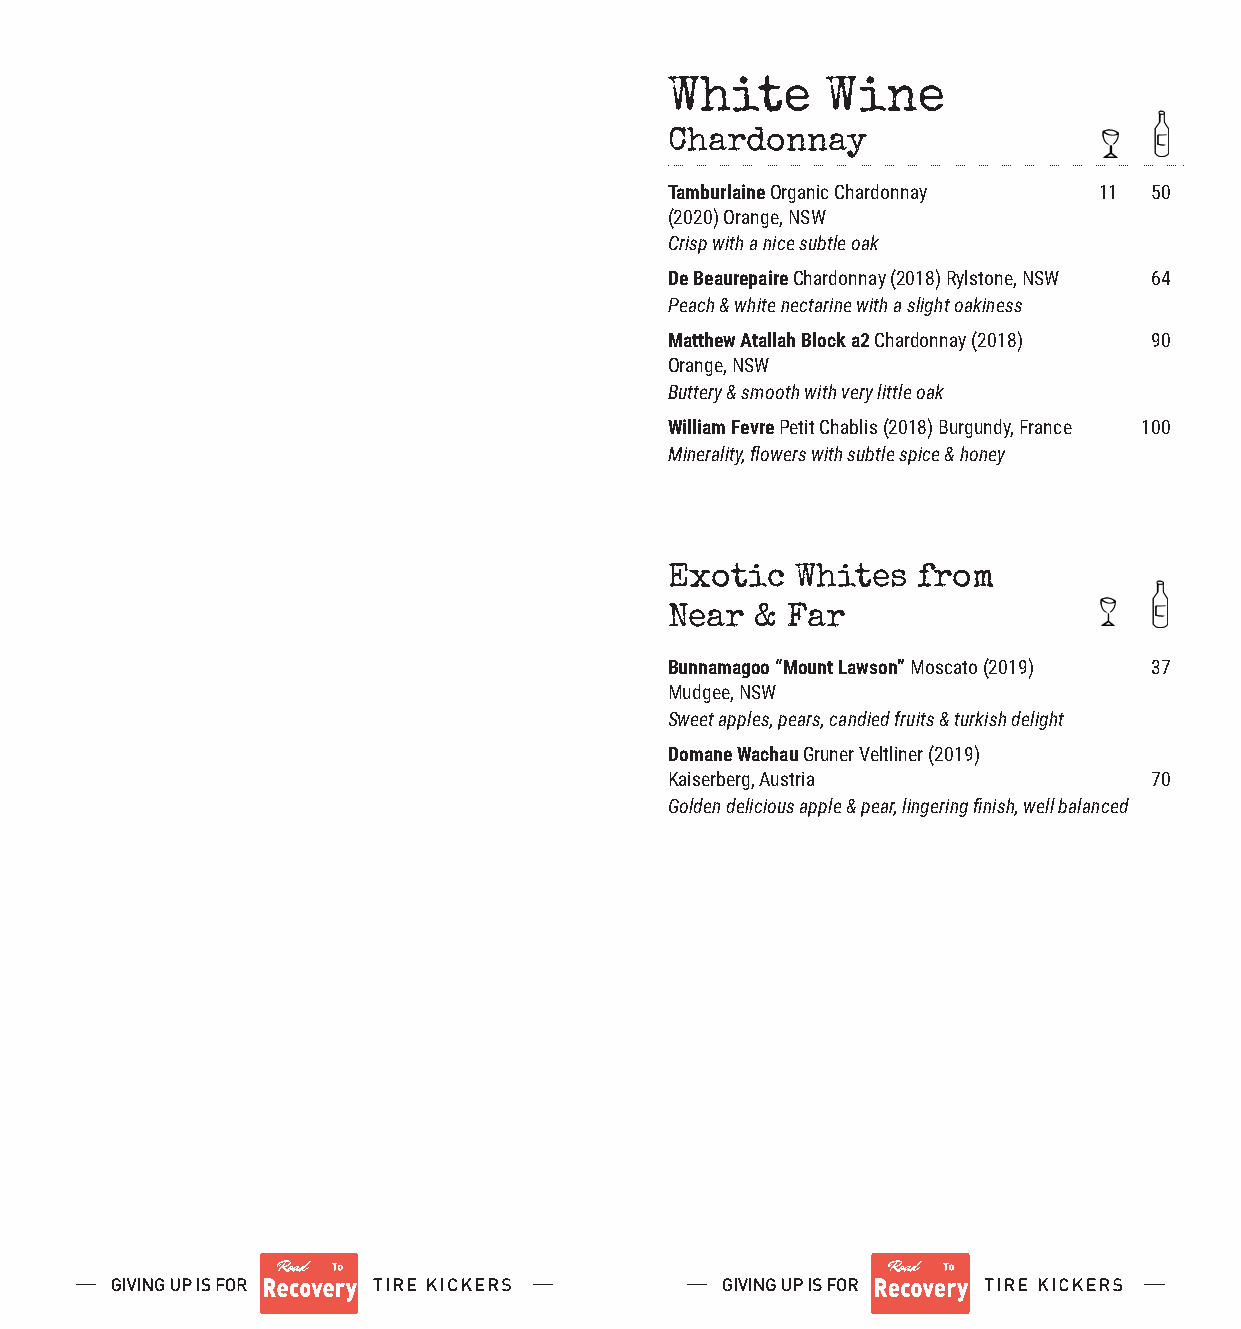
White      Wine
 Chardonnay
 Tamburlaine Organic Chardonnay 11 50
 (2020) Orange, NSW
 Crisp with a nice subtle oak
 De Beaurepaire Chardonnay (2018) Rylstone, NSW 64
 Peach & white nectarine with a slight oakiness
 Matthew Atallah Block a2 Chardonnay (2018) 90
 Orange, NSW
 Buttery & smooth with very little oak
 William Fevre Petit Chablis (2018) Burgundy, France 100
 Minerality, flowers with subtle spice & honey
 Exotic   Whites  from
 Near  & Far
 Bunnamagoo “Mount Lawson” Moscato (2019) 37
 Mudgee, NSW
 Sweet apples, pears, candied fruits & turkish delight
 Domane Wachau Gruner Veltliner (2019)
 Kaiserberg, Austria             70
 Golden delicious apple & pear, lingering finish, well balanced